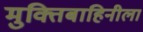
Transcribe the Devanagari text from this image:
मुक्तिबाहिनीला